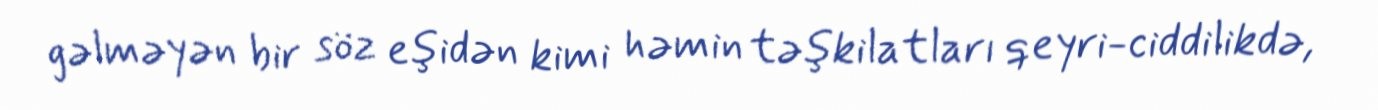
gəlməyən bir söz eşidən kimi həmin təşkilatları qeyri-ciddilikdə,